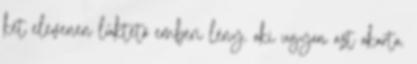
két elevenen lüktető emberi lény, aki ugyan azt akarta.